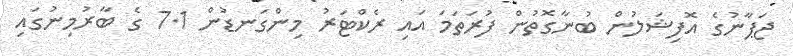
ޖަޕާނުގެ އޮފިޝަލުން ބުނާގޮތުން ފުރަތަމަ އައި ރެކްޓަރު މިންގަނޑުން 7.1 ގެ ބާރުމިނުގައި